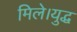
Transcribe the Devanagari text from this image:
मिले।युद्ध